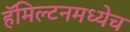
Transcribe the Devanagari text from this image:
हॅमिल्टनमध्येच